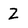
Character: Z